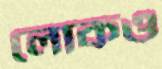
লোকও